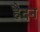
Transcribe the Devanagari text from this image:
हैदन